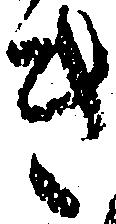
き